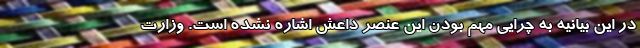
در این بیانیه به چرایی مهم بودن این عنصر داعش اشاره نشده است. وزارت